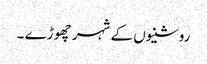
روشنیوں کے شہر چھوڑے ۔